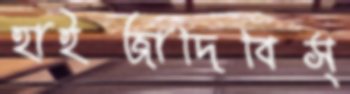
হাইজাদিবিস্